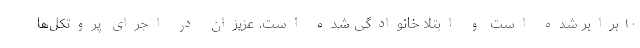
۱۰ برابر شده است و ابتلا خانوادگی شده است. عزیزان در اجرای پروتکل‌ها